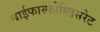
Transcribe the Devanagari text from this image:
बाईफास्फोग्लिसरेट